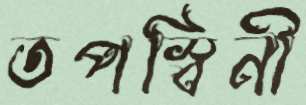
তপস্বিনী